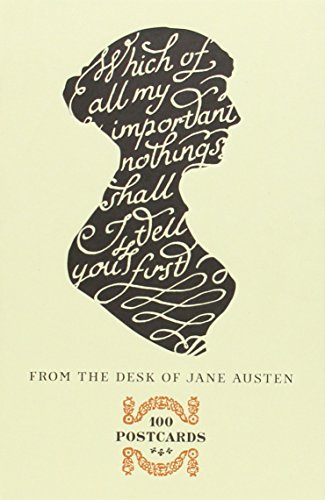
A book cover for From the Desk of Jane Austen: 100 Postcards; Potter Style; Arts & Photography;